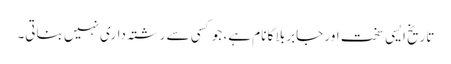
تاریخ ایسی سخت اور جابر بلا کا نام ہے، جو کسی سے رشتہ داری نہیں بناتی۔